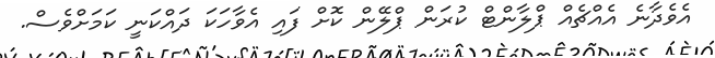
އެވެދާނެ އެއްޗެއް ޕްލާންޓް ކުރަން ޕްލޭން ކޮށް ފައި އެވާހަކަ ދައްކަނީ ކަމަށްވެސް.